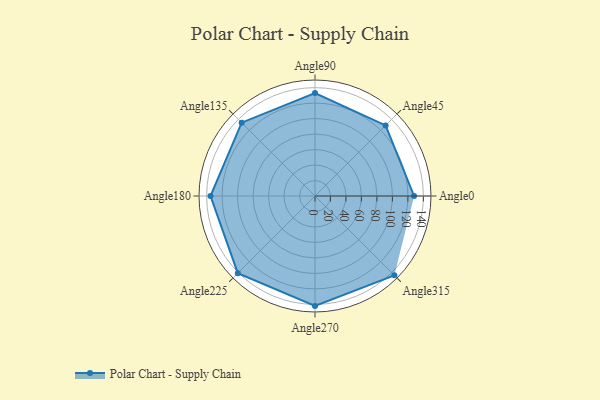
{"axis": {"x": "Angle", "y": "Radius"}, "legend": [""], "data": [{"x": "Angle0", "y": 128.0, "type": ""}, {"x": "Angle45", "y": 129.0, "type": ""}, {"x": "Angle90", "y": 133.0, "type": ""}, {"x": "Angle135", "y": 134.0, "type": ""}, {"x": "Angle180", "y": 135.0, "type": ""}, {"x": "Angle225", "y": 141.0, "type": ""}, {"x": "Angle270", "y": 142.0, "type": ""}, {"x": "Angle315", "y": 145.0, "type": ""}]}